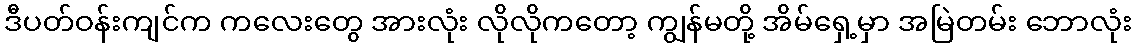
ဒီပတ်ဝန်းကျင်က ကလေးတွေ အားလုံး လိုလိုကတော့ ကျွန်မတို့ အိမ်ရှေ့မှာ အမြဲတမ်း ဘောလုံး